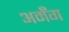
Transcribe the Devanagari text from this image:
अमँग